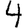
Digit: 4